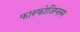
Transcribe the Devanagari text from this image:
फास्फोजिप्सम